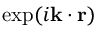
\exp ( i \mathbf { k } \cdot \mathbf { r } )